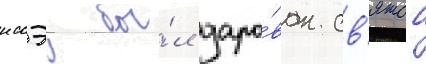
иссэу бы́л даро́ван св'ятои